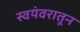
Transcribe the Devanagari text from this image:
स्वयंवरातून